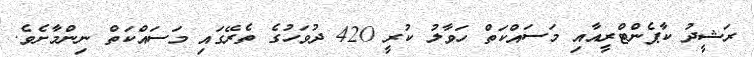
ރަޝީދު ކާޕެންޓްރީއާއި މަސައްކަތް ހަވާލު ކުރީ 420 ދުވަހުގެ ތެރޭގައި މަސައްކަތް ނިންމާށެވެ.